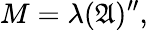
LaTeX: M=\lambda({\mathfrak{A}})^{\prime\prime},